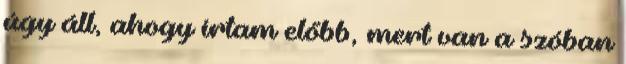
úgy áll, ahogy írtam előbb, mert van a szóban